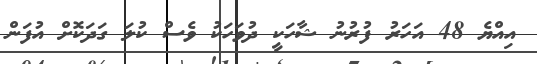
އިއްޔެ 48 އަހަރު ފުރުނު ޝާހަކީ ދުވަހަކު ވެސް ކުލަ ގަދަކޮށް އުފަން